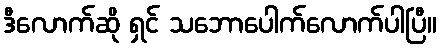
ဒီလောက်ဆို ရှင် သဘောပေါက်လောက်ပါပြီ။